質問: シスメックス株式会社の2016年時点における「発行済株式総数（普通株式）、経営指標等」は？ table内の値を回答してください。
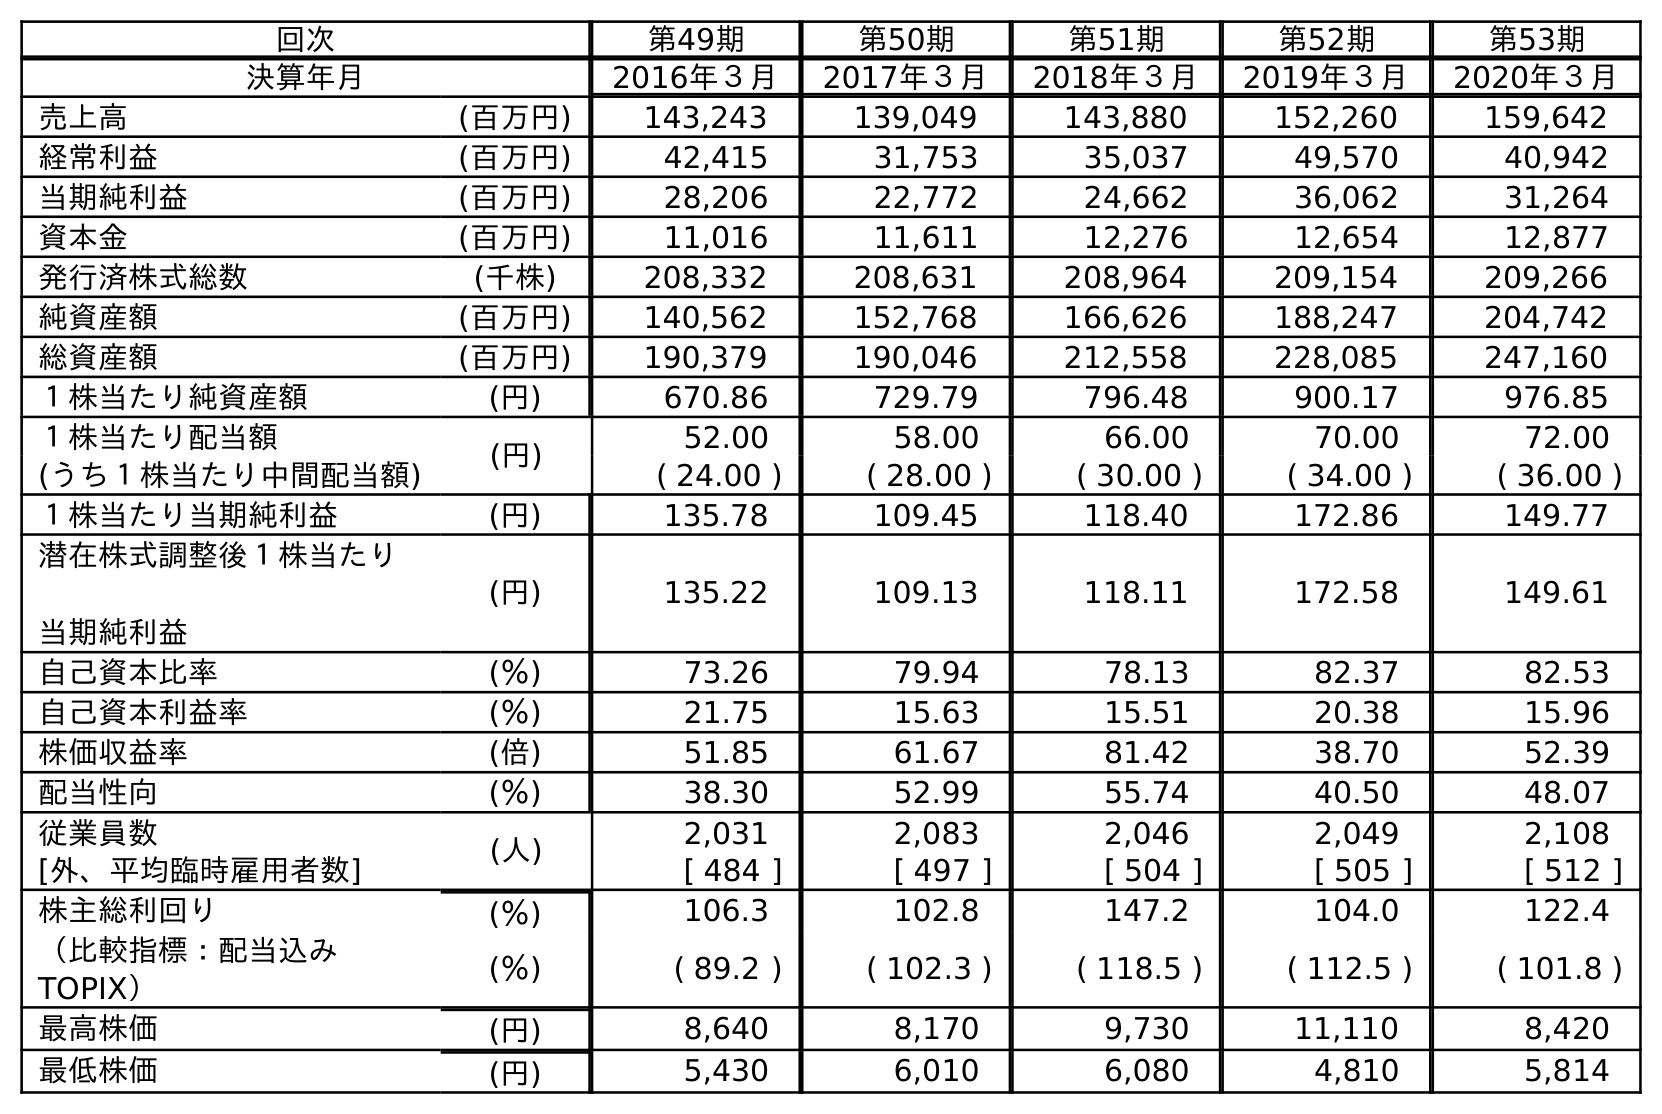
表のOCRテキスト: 回次 第49期 第50期 第51期 第52期 第53期 決算年月 2016年３月 2017年３月 2018年３月 2019年３月 2020年３月 売上高 (百万円) 143,243 139,049 143,880 152,260 159,642 経常利益 (百万円) 42,415 31,753 35,037 49,570 40,942 当期純利益 (百万円) 28,206 22,772 24,662 36,062 31,264 資本金 (百万円) 11,016 11,611 12,276 12,654 12,877 発行済株式総数 (千株) 208,332 208,631 208,964 209,154 209,266 純資産額 (百万円) 140,562 152,768 166,626 188,247 204,742 総資産額 (百万円) 190,379 190,046 212,558 228,085 247,160 １株当たり純資産額 (円) 670.86 729.79 796.48 900.17 976.85 １株当たり配当額 (円) 52.00 58.00 66.00 70.00 72.00 (うち１株当たり中間配当額) ( 24.00 ) ( 28.00 ) ( 30.00 ) ( 34.00 ) ( 36.00 ) １株当たり当期純利益 (円) 135.78 109.45 118.40 172.86 149.77 潜在株式調整後１株当たり 当期純利益 (円) 135.22 109.13 118.11 172.58 149.61 自己資本比率 (％) 73.26 79.94 78.13 82.37 82.53 自己資本利益率 (％) 21.75 15.63 15.51 20.38 15.96 株価収益率 (倍) 51.85 61.67 81.42 38.70 52.39 配当性向 (％) 38.30 52.99 55.74 40.50 48.07 従業員数 (人) 2,031 2,083 2,046 2,049 2,108 [外、平均臨時雇用者数] [ 484 ] [ 497 ] [ 504 ] [ 505 ] [ 512 ] 株主総利回り (％) 106.3 102.8 147.2 104.0 122.4 （比較指標：配当込み TOPIX） (％) ( 89.2 ) ( 102.3 ) ( 118.5 ) ( 112.5 ) ( 101.8 ) 最高株価 (円) 8,640 8,170 9,730 11,110 8,420 最低株価 (円) 5,430 6,010 6,080 4,810 5,814
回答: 208,332